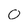
Character: O